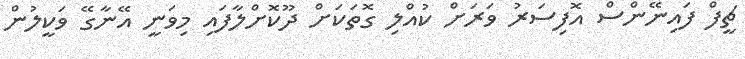
ޗީފް ފައިނޭންސް އޮފިސަރު ވަރަށް ކުއްލި ގޮތަކަށް ދޫކޮށްލާފަައި މިވަނީ އޭނާގޭ ވަކީލުން